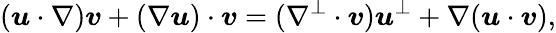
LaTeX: (\boldsymbol{u}\cdot\nabla)\boldsymbol{v}+(\nabla\boldsymbol{u})\cdot\boldsymbol{v}=(\nabla^{\perp}\cdot\boldsymbol{v})\boldsymbol{u}^{\perp}+\nabla(\boldsymbol{u}\cdot\boldsymbol{v}),